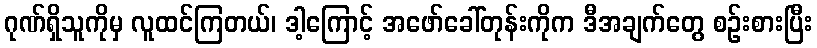
ဂုဏ်ရှိသူကိုမှ လူထင်ကြတယ်၊ ဒါ့ကြောင့် အဖော်ခေါ်တုန်းကိုက ဒီအချက်တွေ စဉ်းစားပြီး